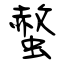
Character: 螫